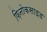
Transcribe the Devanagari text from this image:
फ़िनोकसाइड